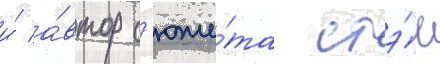
и́ а́втор с'юже́та стэ́н